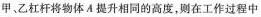
甲、乙杠杆将物体A提升相同的高度，则在工作过程